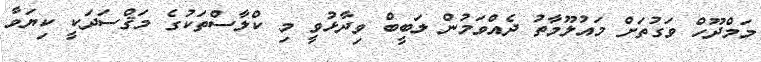
މަމްދޫހް ވަގުތަށް މައުލޫމާތު ދެއްވަމުން ލަބީބް ވިދާޅުވީ މި ކްލާސްތަކުގެ މަޤްސަދަކީ ކިޔަވާ